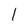
Character: l